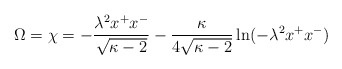
\begin{align*}\Omega=\chi=-\frac{\lambda^{2}x^{+}x^{-}}{\sqrt{\kappa-2}}-\frac{\kappa}{4\sqrt{\kappa-2}}\ln(-\lambda^{2}x^{+}x^{-})\end{align*}